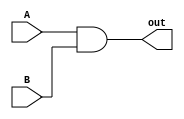
// This program was cloned from: https://github.com/kasrahj/Computer-Aided-Design
// License: MIT License

`timescale 1ns/1ps

module BasicAnd(A, B, out);
	input A;
	input B;
	output out;
	assign #0.5 out = A & B;
endmodule

module BasicOr(A, B, out);
	input A;
	input B;
	output out;
	assign #0.5 out = A | B;
endmodule

module BasicMux2(A, B, S, out);
	input A;
	input B;
	input S;
	output out;
	assign #1 out = S ? B : A;
endmodule

module BasicMux4(A, B, C, D, S, out);
	input A;
	input B;
	input C;
	input D;
	input [1 : 0]S;
	output reg out;

	always @(*)
	begin
		#2;
		case(S)
			2'b00: out = A;
			2'b01: out = B;
			2'b10: out = C;
			2'b11: out = D;
		endcase
	end
endmodule

module FlipFlop(clk, rst, in, out);
	input clk;
	input rst;
	input in;
	output reg out;

	always @(posedge clk, posedge rst) begin
		if (rst)
			out = 0;
		else
			out = in;
	end
endmodule